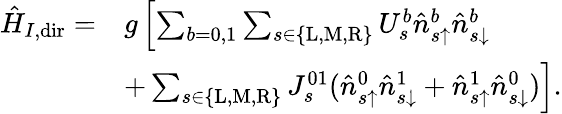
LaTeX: \begin{array}{rl}{\hat{H}_{I,\mathrm{dir}}=}&{g\left[\sum_{b=0,1}\sum_{s\in\{ \mathrm{L},\mathrm{M},\mathrm{R}\} }U_{s}^{b}\hat{n}_{s\uparrow}^{b}\hat{n}_{s\downarrow}^{b}\right.}\\ &{+\left.\sum_{s\in\{ \mathrm{L},\mathrm{M},\mathrm{R}\} }J_{s}^{01}(\hat{n}_{s\uparrow}^{0}\hat{n}_{s\downarrow}^{1}+\hat{n}_{s\uparrow}^{1}\hat{n}_{s\downarrow}^{0})\right].}\end{array}